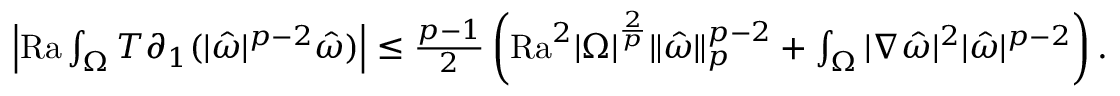
\begin{array} { r } { \left| \mathrm { { R a } } \int _ { \Omega } T \partial _ { 1 } ( | \hat { \omega } | ^ { p - 2 } \hat { \omega } ) \right| \leq \frac { p - 1 } { 2 } \left( \mathrm { { R a } } ^ { 2 } | \Omega | ^ { \frac { 2 } { p } } \| \hat { \omega } \| _ { p } ^ { p - 2 } + \int _ { \Omega } | \nabla \hat { \omega } | ^ { 2 } | \hat { \omega } | ^ { p - 2 } \right) . } \end{array}